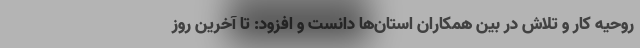
روحیه کار و تلاش در بین همکاران استان‌ها دانست و افزود: تا آخرین روز